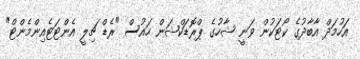
އަހުމަދް އާބާދުގެ ކޯޓަކުން ވަނީ ޝާހުގެ ޕްރޮޑަކްޝަން ހައުސް "ރެޑް ޗިލީ އެންޓަޓެއިންމެންޓް"